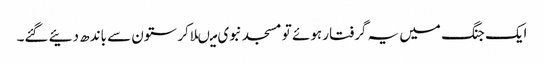
ایک جنگ میں یہ گرفتار ہوئے تو مسجد نبوی میںلاکر ستون سے باندھ دئیے گئے۔